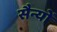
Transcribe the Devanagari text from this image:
सैन्यों